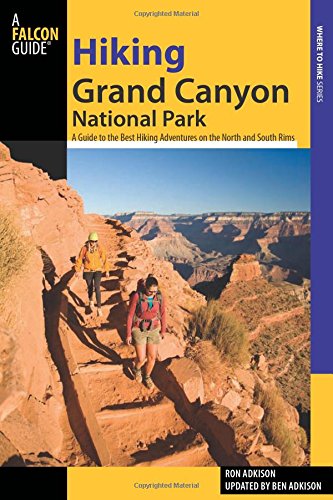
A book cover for Hiking Grand Canyon National Park: A Guide To The Best Hiking Adventures On The North And South Rims (Regional Hiking Series); Ron Adkison; Sports & Outdoors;